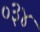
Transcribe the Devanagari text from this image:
०३४